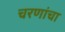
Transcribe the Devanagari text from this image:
चरणांचा